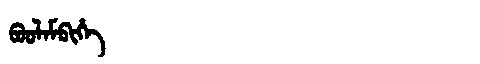
Manchu: ᠪᠣᠣᠯᠠᠮᠪᡳᡥᡝ
Romanization: BOOLAMBIHE